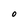
Character: O